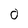
Character: 0